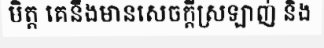
មិត្ត គេនឹងមានសេចក្តីស្រឡាញ់ និង